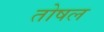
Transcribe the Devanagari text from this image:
तोषल